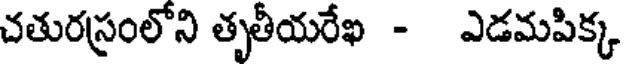
చతురస్రంలోని తృతీయరేఖ - ఎడమపిక్క